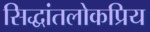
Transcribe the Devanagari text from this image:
सिद्धांतलोकप्रिय